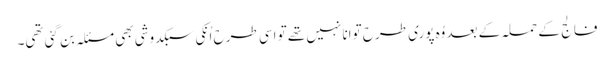
فالج کے حملہ کے بعد وُہ پوری طرح توانا نہیں تھے تو اسی طرح اُنکی سبکدوشی بھی مسئلہ بن گئی تھی۔